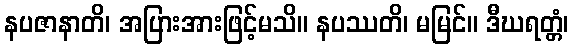
နပဇာနာတိ၊ အပြားအားဖြင့်မသိ။ နပဿတိ၊ မမြင်။ ဒီဃရတ္တံ၊